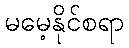
မမေ့နိုင်စရာ